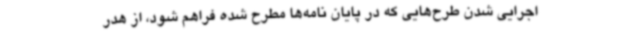
اجرایی شدن طرح‌هایی که در پایان نامه‌ها مطرح شده فراهم شود، از هدر